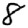
Digit: 8